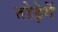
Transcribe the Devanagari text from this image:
तोड़ेगें